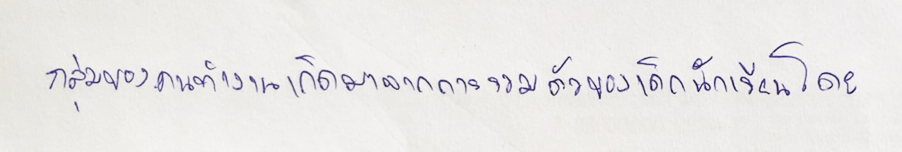
กลุ่มของคนทำงานเกิดมาจากการรวมตัวของเด็กนักเรียนโดย